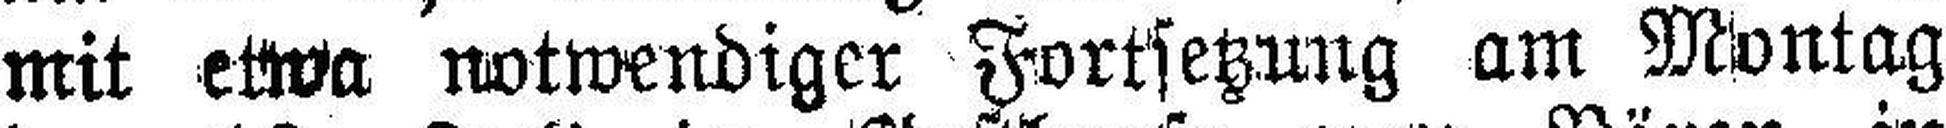
mit etwa notwendiger Fortsetzung am Montag